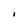
Character: I